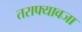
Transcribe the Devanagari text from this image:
तराफ्यावजा